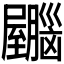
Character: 𫇂